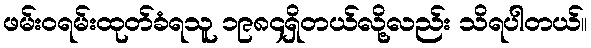
ဖမ်းဝရမ်းထုတ်ခံရသူ ၁၉၈၄ရှိတယ်လို့လည်း သိရပါတယ်။